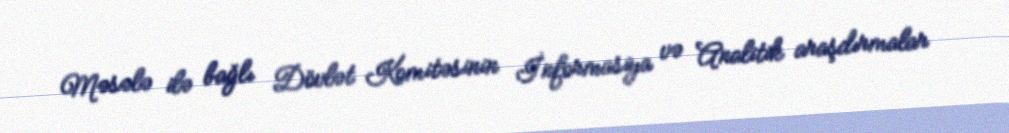
Məsələ ilə bağlı Dövlət Komitəsinin İnformasiya və Analitik araşdırmalar